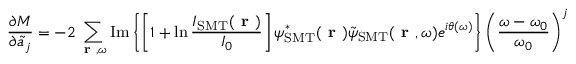
\frac { \partial M } { \partial \Tilde { a } _ { j } } = - 2 \sum _ { \textbf { r } , \omega } \mathrm { I m } \left\{ \left[ 1 + \ln \frac { I _ { \mathrm { S M T } } ( \textbf { r } ) } { I _ { 0 } } \right] \psi _ { \mathrm { S M T } } ^ { * } ( \textbf { r } ) \Tilde { \psi } _ { \mathrm { S M T } } ( \textbf { r } , \omega ) e ^ { i \theta ( \omega ) } \right\} \left( \frac { \omega - \omega _ { 0 } } { \omega _ { 0 } } \right) ^ { j } .